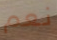
نعم